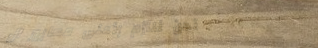
نحن نلتزم بأعلى معايير ال